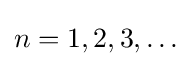
n=1,2,3,\dots